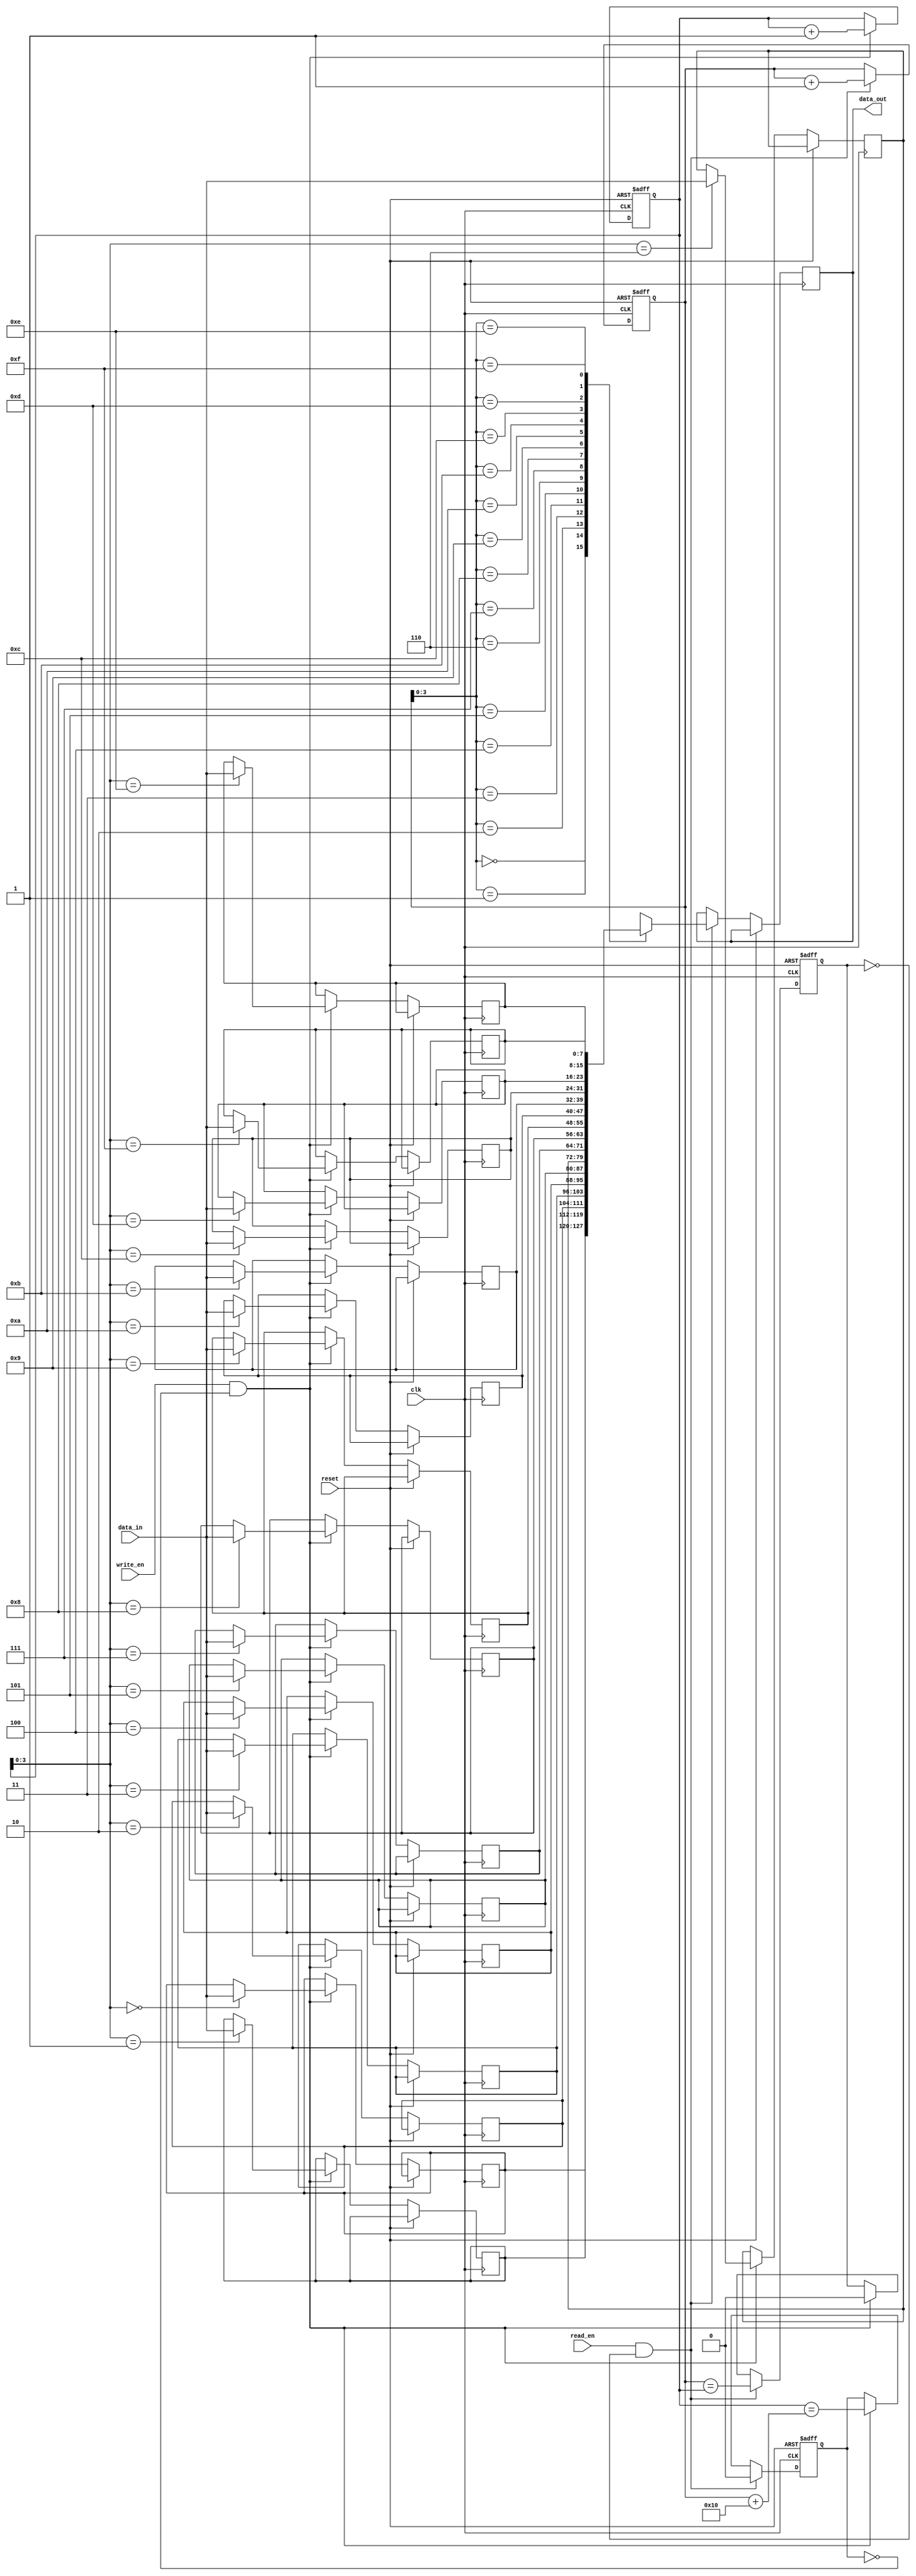
module dual_port_fifo (
    input wire clk,
    input wire reset,
    input wire write_en,
    input wire read_en,
    input wire [7:0] data_in,
    output reg [7:0] data_out
);

parameter DEPTH = 16;
parameter WIDTH = 8;

reg [WIDTH-1:0] mem [0:DEPTH-1];
reg [DEPTH-1:0] wr_ptr, rd_ptr;
reg full, empty;

always @ (posedge clk or posedge reset)
begin
    if (reset)
    begin
        wr_ptr <= 0;
        rd_ptr <= 0;
        full <= 0;
        empty <= 1;
    end
    else
    begin
        if (write_en && !full)
        begin
            mem[wr_ptr] <= data_in;
            wr_ptr <= wr_ptr + 1;
            full <= (wr_ptr == rd_ptr + DEPTH);
            empty <= 0;
        end

        if (read_en && !empty)
        begin
            data_out <= mem[rd_ptr];
            rd_ptr <= rd_ptr + 1;
            empty <= (rd_ptr == wr_ptr);
            full <= 0;
        end
    end
end

endmodule